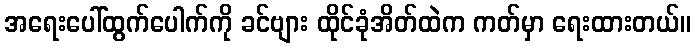
အရေးပေါ်ထွက်ပေါက်ကို ခင်ဗျား ထိုင်ခုံအိတ်ထဲက ကတ်မှာ ရေးထားတယ်။